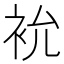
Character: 𮕯